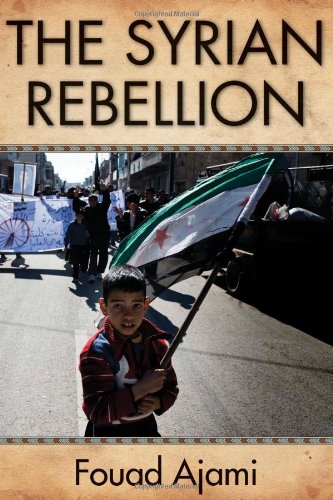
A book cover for The Syrian Rebellion; Fouad Ajami; History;